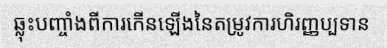
ឆ្លុះបញ្ចាំងពីការកើនឡើងនៃតម្រូវការហិរញ្ញប្បទាន